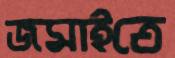
জমাইতে